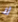
لا